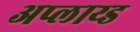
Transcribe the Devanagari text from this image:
अप्लाय्ड